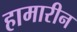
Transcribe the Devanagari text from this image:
हामारीन